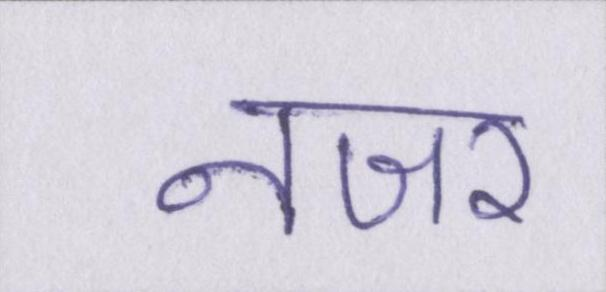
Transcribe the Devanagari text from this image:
नजर